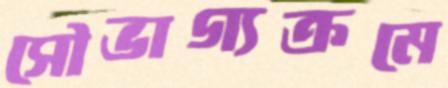
সৌভাগ্যক্রমে